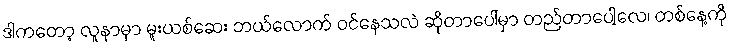
ဒါကတော့ လူနာမှာ မူးယစ်ဆေး ဘယ်လောက် ဝင်နေသလဲ ဆိုတာပေါ်မှာ တည်တာပေါ့လေ၊ တစ်နေ့ကို